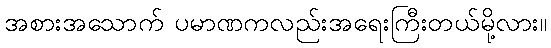
အစားအသောက် ပမာဏကလည်းအရေးကြီးတယ်မို့လား။